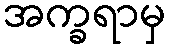
အက္ခရာမှ